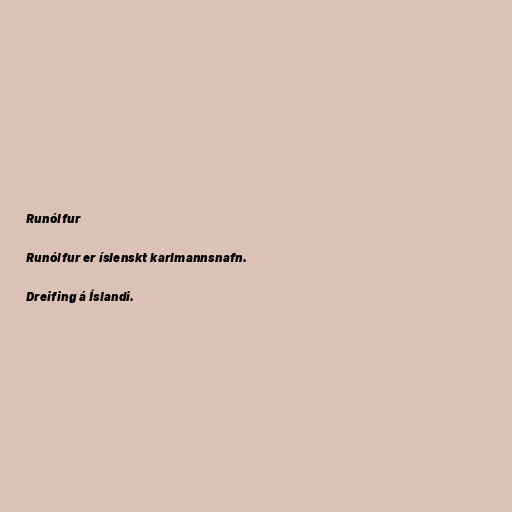
Runólfur

Runólfur er íslenskt karlmannsnafn.

Dreifing á Íslandi.